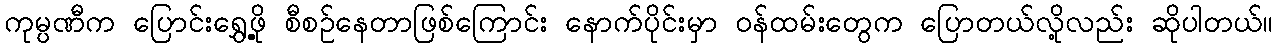
ကုမ္ပဏီက ပြောင်းရွှေ့ဖို့ စီစဉ်နေတာဖြစ်ကြောင်း နောက်ပိုင်းမှာ ဝန်ထမ်းတွေက ပြောတယ်လို့လည်း ဆိုပါတယ်။